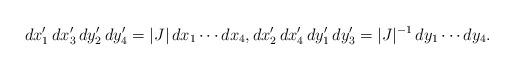
LaTeX: \begin{align*} dx'_1 \, dx'_3 \, dy'_2 \, dy'_4 = |J| \, dx_1 \cdots dx_4, dx'_2 \, dx'_4 \, dy'_1 \, dy'_3 = |J|^{-1} \, dy_1 \cdots dy_4.\end{align*}